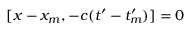
[ x - x _ { m } , - c ( t ^ { \prime } - t _ { m } ^ { \prime } ) ] = 0